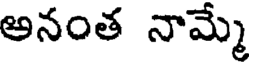
అనంత నామ్మే